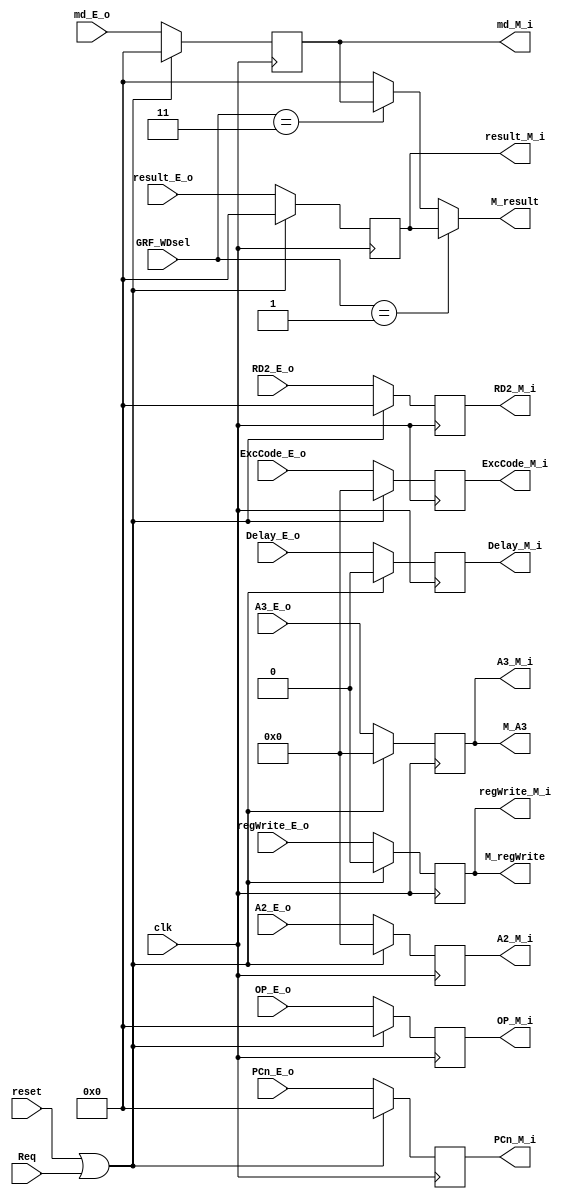
`timescale 1ns / 1ps
//////////////////////////////////////////////////////////////////////////////////
// Company: 
// Engineer: 
// 
// Design Name: 
// Module Name:    M 
// Project Name: 
// Target Devices: 
// Tool versions: 
// Description: 
//
// Dependencies: 
//
// Revision: 
// Revision 0.01 - File Created
// Additional Comments: 
//
//////////////////////////////////////////////////////////////////////////////////
module M(
    input clk,
	 input reset,
	 input Req,
	 //Controller
	 input [1:0] GRF_WDsel,
//pipline 
    input Delay_E_o,
	 input [4:0] ExcCode_E_o,
    input [31:0] md_E_o,
    input [31:0] result_E_o,
	 input [4:0] A2_E_o,
	 input [31:0] RD2_E_o,
	 input [31:0] PCn_E_o,
	 input regWrite_E_o,
	 input [4:0] A3_E_o,
	 input [31:0] OP_E_o,
//output
    output Delay_M_i,
	 output [4:0] ExcCode_M_i,
    output [31:0] md_M_i,
	 output [31:0] result_M_i,
	 output [4:0] A2_M_i,
	 output [31:0] RD2_M_i,
	 output [31:0] PCn_M_i,
	 output regWrite_M_i,
	 output [4:0] A3_M_i,
	 output [31:0] OP_M_i,
    output [31:0] M_result,
    output M_regWrite,
    output [4:0] M_A3	 
    );
reg [31:0] result,PCn,OP,RD2,md;
reg [4:0] A2,A3;
reg regWrite,Delay;
reg [4:0] ExcCode;
always @(posedge clk) begin
      if(reset|Req) begin
		      result<=0;
				PCn<=0;
				Delay<=0;
				ExcCode<=0;
				OP<=0;
				A2<=0;
				A3<=0;
				RD2<=0;
				md<=0;
				regWrite<=0;
		end
		else begin
		      result<=result_E_o;
				PCn<=PCn_E_o;
				Delay<=Delay_E_o;
				ExcCode<=ExcCode_E_o;
				OP<=OP_E_o;
				A2<=A2_E_o;
				A3<=A3_E_o;
				RD2<=RD2_E_o;
				md<=md_E_o;
				regWrite<=regWrite_E_o;
		end
end
assign result_M_i=result;
assign PCn_M_i=PCn;
assign OP_M_i=OP;
assign A2_M_i=A2;
assign A3_M_i=A3;
assign RD2_M_i=RD2;
assign regWrite_M_i=regWrite;
assign M_result=(GRF_WDsel==2'b01)?result:
                (GRF_WDsel==2'b11)?md:0;
assign md_M_i=md;
assign M_regWrite=regWrite;
assign M_A3=A3_M_i;
assign Delay_M_i=Delay;
assign ExcCode_M_i=ExcCode;
endmodule